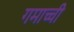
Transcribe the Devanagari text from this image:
गमाच्ची